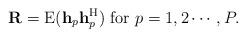
LaTeX: \begin{align*}\mathbf{R}=\mathrm{E}(\mathbf{h}_p\mathbf{h}_p^{\mathrm{H}})~\mathrm{for}~p=1,2\cdots,P.\end{align*}